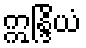
ဣန္ဒြိယံ